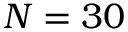
N = 3 0